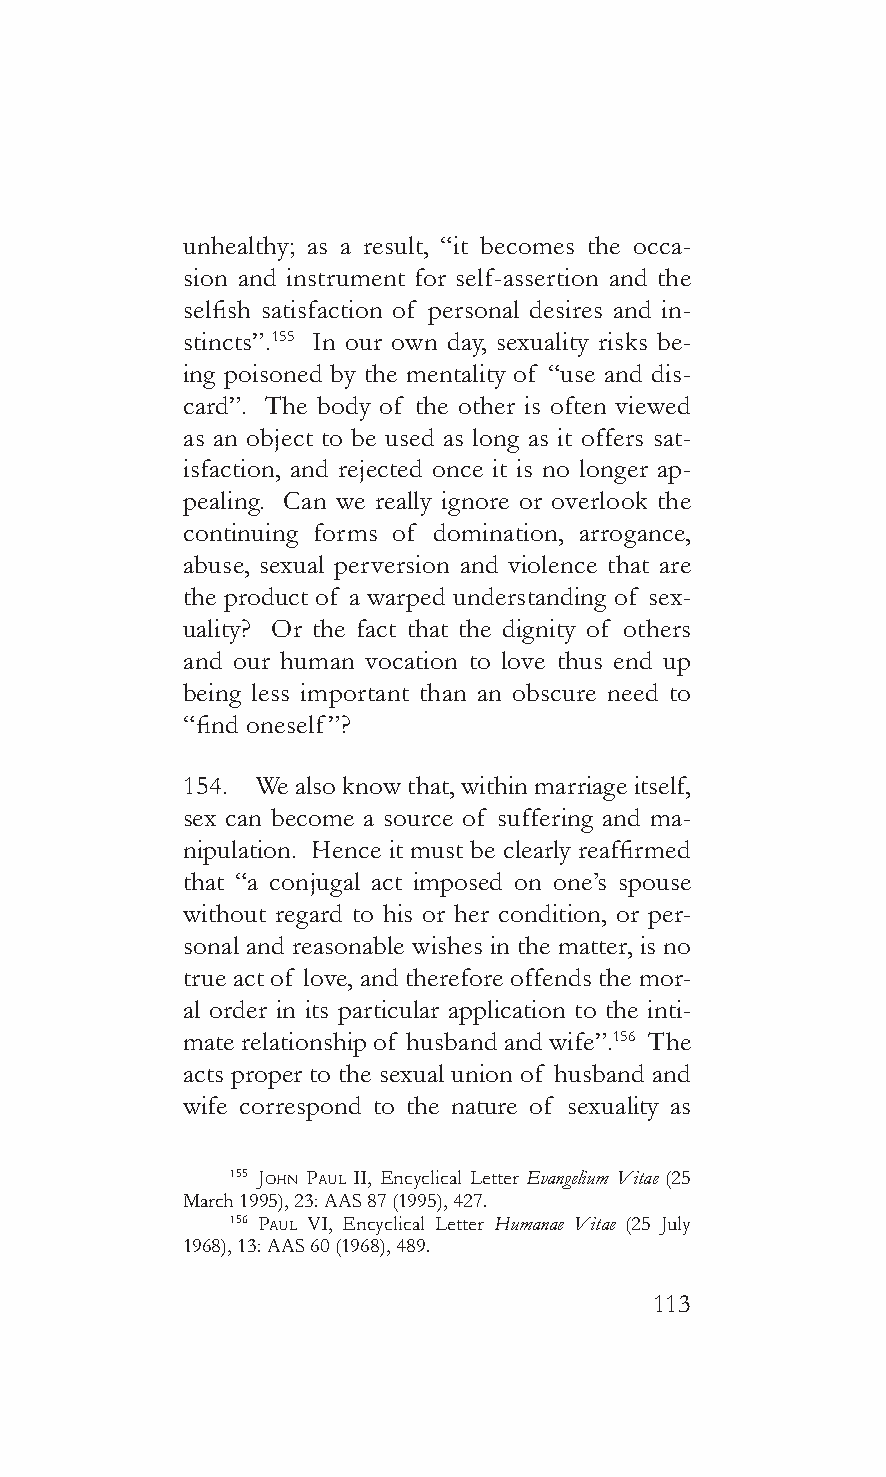
unhealthy; as a result, “it becomes the occa-
 sion and instrument for self-assertion and the
 selfish satisfaction of personal desires and in-
 stincts”.155 In our own day, sexuality risks be-
 ing poisoned by the mentality of “use and dis-
 card”. The body of the other is often viewed
 as an object to be used as long as it offers sat-
 isfaction, and rejected once it is no longer ap-
 pealing. Can we really ignore or overlook the
 continuing forms of domination, arrogance,
 abuse, sexual perversion and violence that are
 the product of a warped understanding of sex-
 uality? Or the fact that the dignity of others
 and our human vocation to love thus end up
 being less important than an obscure need to
 “find oneself”?
 154. We also know that, within marriage itself,
 sex can become a source of suffering and ma-
 nipulation. Hence it must be clearly reaffirmed
 that “a conjugal act imposed on one’s spouse
 without regard to his or her condition, or per-
 sonal and reasonable wishes in the matter, is no
 true act of love, and therefore offends the mor-
 al order in its particular application to the inti-
 mate relationship of husband and wife”.156 The
 acts proper to the sexual union of husband and
 wife correspond to the nature of sexuality as
 155 John pauL II, Encyclical Letter Evangelium Vitae (25
 March 1995), 23: AAS 87 (1995), 427.
 156 PauL VI, Encyclical Letter Humanae Vitae (25 July
 1968), 13: AAS 60 (1968), 489.
 113